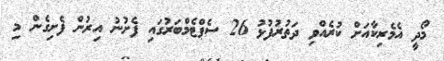
މޯދީ އެމެރިކާއަށް ކުރެއްވި ދަތުރުފުޅު 26 ސެޕްޓެމްބަރުގައި ފެށުނު އިރުން ފެށިގެން މި